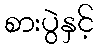
စားပွဲနှင့်